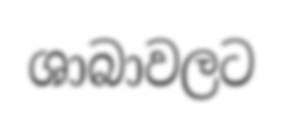
ශාබාවලට